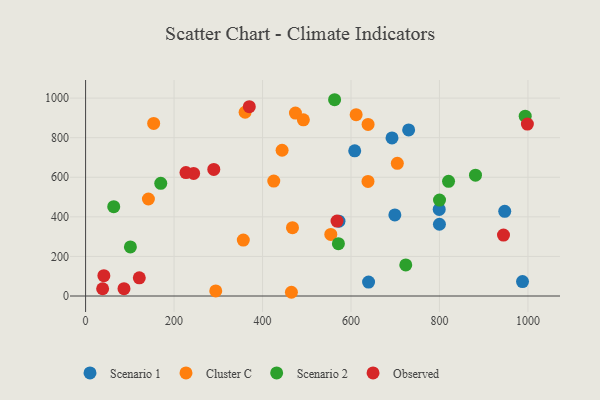
{"axis": {"x": "Experience", "y": "Rating"}, "legend": ["Cluster C", "Observed", "Scenario 1", "Scenario 2"], "data": [{"x": "730.3", "y": 839.5, "type": "Scenario 1"}, {"x": "608.4", "y": 733.9, "type": "Scenario 1"}, {"x": "639.7", "y": 70.2, "type": "Scenario 1"}, {"x": "692.7", "y": 798.7, "type": "Scenario 1"}, {"x": "947.5", "y": 427.9, "type": "Scenario 1"}, {"x": "799.9", "y": 362.7, "type": "Scenario 1"}, {"x": "987.7", "y": 72.7, "type": "Scenario 1"}, {"x": "572.8", "y": 378.0, "type": "Scenario 1"}, {"x": "799.4", "y": 437.6, "type": "Scenario 1"}, {"x": "699.1", "y": 409.6, "type": "Scenario 1"}, {"x": "611.6", "y": 916.5, "type": "Cluster C"}, {"x": "638.4", "y": 578.9, "type": "Cluster C"}, {"x": "444.2", "y": 736.6, "type": "Cluster C"}, {"x": "704.7", "y": 670.3, "type": "Cluster C"}, {"x": "360.6", "y": 928.7, "type": "Cluster C"}, {"x": "467.7", "y": 345.3, "type": "Cluster C"}, {"x": "474.4", "y": 924.4, "type": "Cluster C"}, {"x": "142.0", "y": 490.3, "type": "Cluster C"}, {"x": "153.9", "y": 872.1, "type": "Cluster C"}, {"x": "638.6", "y": 867.1, "type": "Cluster C"}, {"x": "425.4", "y": 580.9, "type": "Cluster C"}, {"x": "492.3", "y": 890.3, "type": "Cluster C"}, {"x": "356.5", "y": 282.5, "type": "Cluster C"}, {"x": "554.3", "y": 311.0, "type": "Cluster C"}, {"x": "294.2", "y": 25.8, "type": "Cluster C"}, {"x": "465.3", "y": 18.8, "type": "Cluster C"}, {"x": "562.9", "y": 991.9, "type": "Scenario 2"}, {"x": "169.9", "y": 569.2, "type": "Scenario 2"}, {"x": "571.5", "y": 264.5, "type": "Scenario 2"}, {"x": "101.3", "y": 247.9, "type": "Scenario 2"}, {"x": "993.8", "y": 908.9, "type": "Scenario 2"}, {"x": "881.4", "y": 610.5, "type": "Scenario 2"}, {"x": "723.8", "y": 157.0, "type": "Scenario 2"}, {"x": "800.1", "y": 484.7, "type": "Scenario 2"}, {"x": "63.6", "y": 451.5, "type": "Scenario 2"}, {"x": "820.5", "y": 579.5, "type": "Scenario 2"}, {"x": "998.7", "y": 869.0, "type": "Observed"}, {"x": "289.8", "y": 639.8, "type": "Observed"}, {"x": "41.3", "y": 102.6, "type": "Observed"}, {"x": "370.1", "y": 956.9, "type": "Observed"}, {"x": "568.4", "y": 378.6, "type": "Observed"}, {"x": "38.5", "y": 36.7, "type": "Observed"}, {"x": "121.4", "y": 91.7, "type": "Observed"}, {"x": "86.8", "y": 37.0, "type": "Observed"}, {"x": "244.2", "y": 619.2, "type": "Observed"}, {"x": "944.7", "y": 308.1, "type": "Observed"}, {"x": "226.9", "y": 623.9, "type": "Observed"}]}